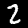
Label: 2